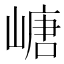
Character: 嵣